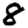
Digit: 8